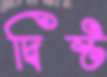
দ্বিষ্ট